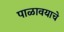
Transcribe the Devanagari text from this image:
पाळावयाचे